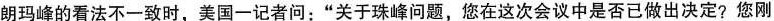
朗玛峰的看法不一致时，美国一记者问：”关于珠峰问题，您在这次会议中是否已做出决定？您刚